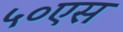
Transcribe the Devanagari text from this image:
५०एस